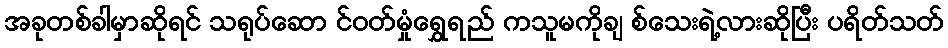
အခုတစ်ခါမှာဆိုရင် သရုပ်ဆော င်ဝတ်မှုံရွှေရည် ကသူမကိုချ စ်သေးရဲ့လားဆိုပြီး ပရိတ်သတ်